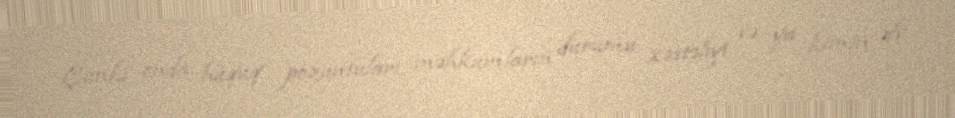
Çünki onda hüquq pozuntuları, məhkumların durumu, xəstəliyi və ya kimin əfv